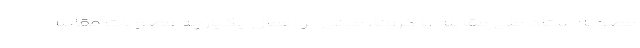
مصوبه ستاد ملی مقابله با کرونا، مبنی بر اعمال یکپارچه مصوبات مقابله